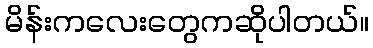
မိန်းကလေးတွေကဆိုပါတယ်။